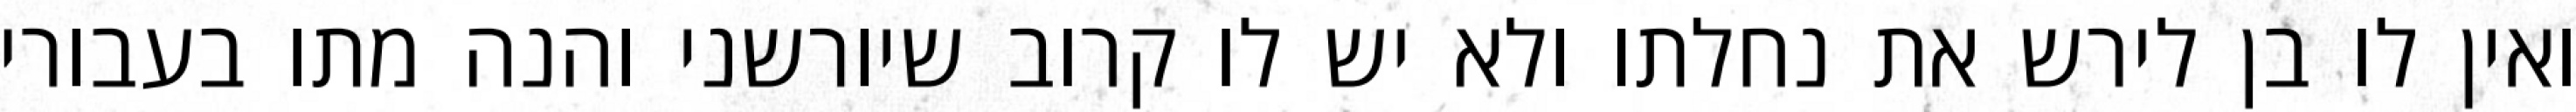
ואין לו בן לירש את נחלתו ולא יש לו קרוב שיורשני והנה מתו בעבורי